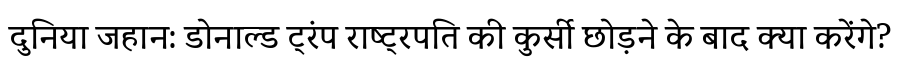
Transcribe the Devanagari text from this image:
दुनिया जहान: डोनाल्ड ट्रंप राष्ट्रपति की कुर्सी छोड़ने के बाद क्या करेंगे?